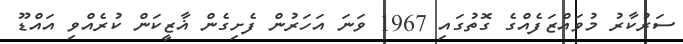
ސަރުކާރު މުވައްޒަފެއްގެ ގޮތުގައި 1967 ވަނަ އަހަރުން ފެށިގެން ޣާޒީކަން ކުރެއްވި އައްޑޫ